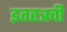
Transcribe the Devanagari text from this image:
इतरत्रची